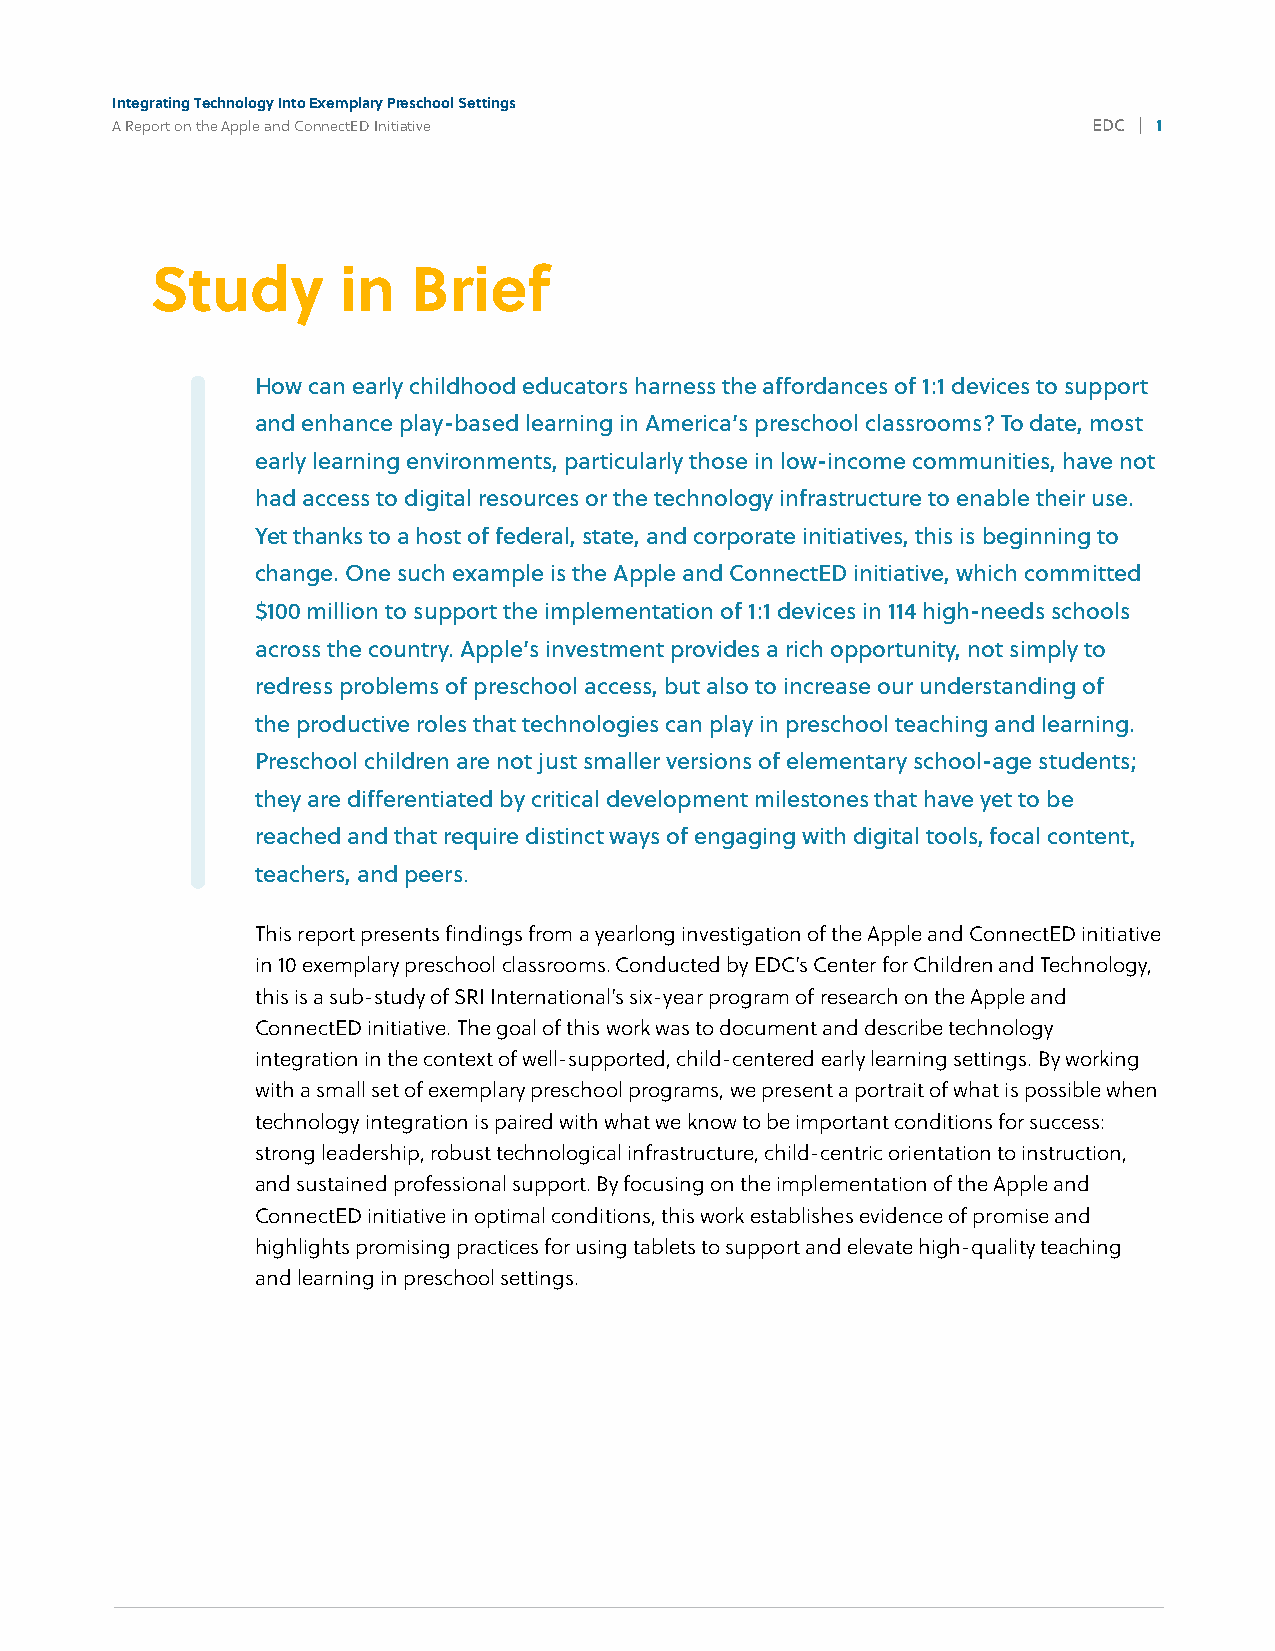
Integrating Technology Into Exemplary Preschool Settings
 A Report on the Apple and ConnectED Initiative                   EDC | 1
 4%
 Study       in   Brief
 How can early childhood educators harness the affordances of 1:1 devices to support
 and enhance play-based learning in America’s preschool classrooms? To date, most
 early learning environments, particularly those in low-income communities, have not
 had access to digital resources or the technology infrastructure to enable their use.
 Yet thanks to a host of federal, state, and corporate initiatives, this is beginning to
 change. One such example is the Apple and ConnectED initiative, which committed
 $100 million to support the implementation of 1:1 devices in 114 high-needs schools
 across the country. Apple’s investment provides a rich opportunity, not simply to
 redress problems of preschool access, but also to increase our understanding of
 the productive roles that technologies can play in preschool teaching and learning.
 Preschool children are not just smaller versions of elementary school-age students;
 they are differentiated by critical development milestones that have yet to be
 reached and that require distinct ways of engaging with digital tools, focal content,
 teachers, and peers.
 This report presents findings from a yearlong investigation of the Apple and ConnectED initiative
 in 10 exemplary preschool classrooms. Conducted by EDC’s Center for Children and Technology,
 this is a sub-study of SRI International’s six-year program of research on the Apple and
 ConnectED initiative. The goal of this work was to document and describe technology
 integration in the context of well-supported, child-centered early learning settings. By working
 with a small set of exemplary preschool programs, we present a portrait of what is possible when
 technology integration is paired with what we know to be important conditions for success:
 strong leadership, robust technological infrastructure, child-centric orientation to instruction,
 and sustained professional support. By focusing on the implementation of the Apple and
 ConnectED initiative in optimal conditions, this work establishes evidence of promise and
 highlights promising practices for using tablets to support and elevate high-quality teaching
 and learning in preschool settings.